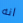
انه